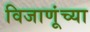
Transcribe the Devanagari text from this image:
विजाणूंच्या